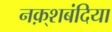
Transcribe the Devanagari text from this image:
नक़्शबंदिया